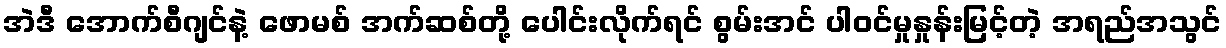
အဲဒီ အောက်စီဂျင်နဲ့ ဖောမစ် အက်ဆစ်တို့ ပေါင်းလိုက်ရင် စွမ်းအင် ပါဝင်မှုနှုန်းမြင့်တဲ့ အရည်အသွင်